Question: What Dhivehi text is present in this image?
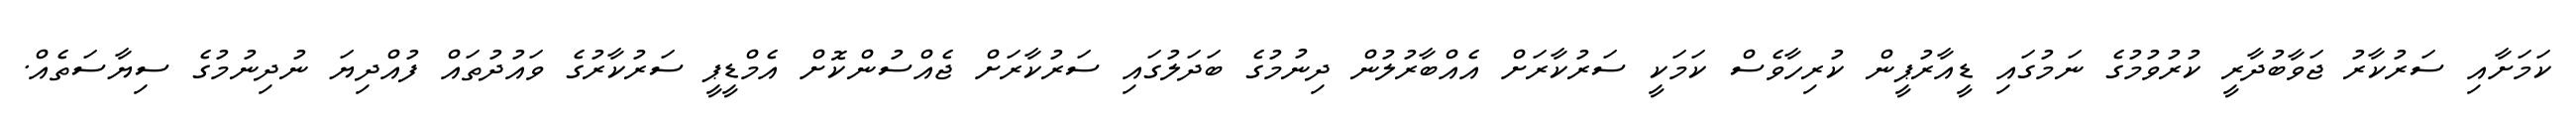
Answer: ކަމަށާއި ސަރުކާރު ޖަވާބުދާރީ ކުރުވުމުގެ ނަމުގައި ޑީއާރުޕީން ކުރިހާވެސް ކަމަކީ ސަރުކާރަށް އެއްބާރުލުން ދިނުމުގެ ބަދަލުގައި ސަރުކާރަށް ޖެއްސުންކޮށް އެމްޑީޕީ ސަރުކާރުގެ ވައުދުތައް ފުއްދިޔަ ނުދިނުމުގެ ސިޔާސަތެއް.